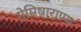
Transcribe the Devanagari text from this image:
नेमिषाराण्य